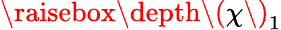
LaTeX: \raisebox{\depth}{\( \chi\) }_{1}